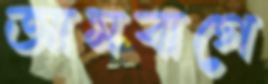
আমবাগে